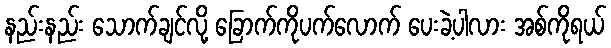
နည်းနည်း သောက်ချင်လို့ ခြောက်ကိုပက်လောက် ပေးခဲ့ပါလား အစ်ကိုရယ်